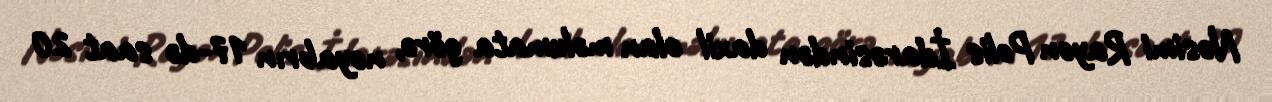
Nəsimi Rayon Polis İdarəsindən daxil olan məlumata görə, noyabrın 17-də saat 20